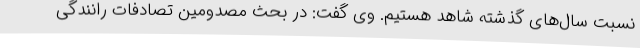
نسبت سال‌های گذشته شاهد هستیم. وی گفت: در بحث مصدومین تصادفات رانندگی